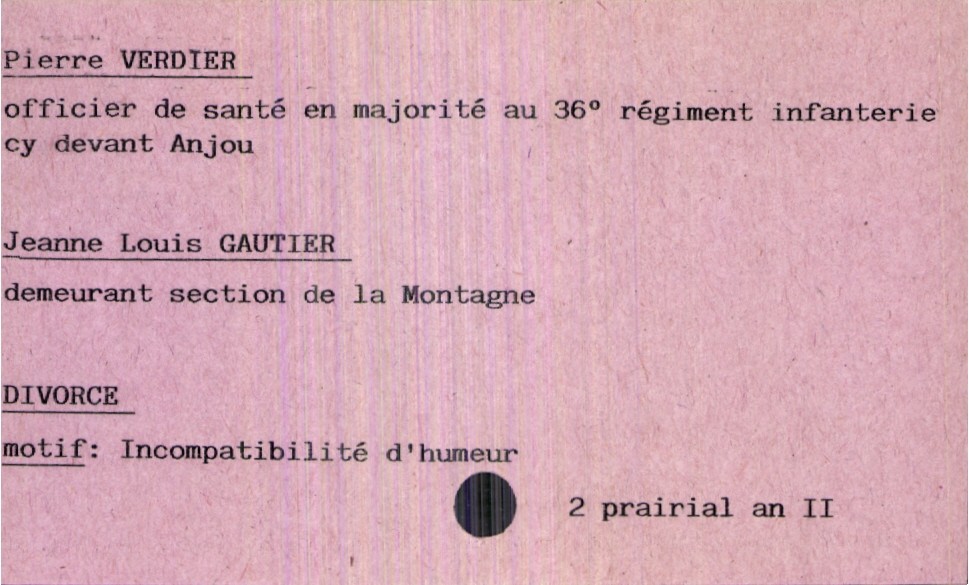
type_acte: Mariage
année: an II
mois: prairial
jour: 2
observations: Divorce motif : incompatibilité d'humeur
marié_nom: Verdier
marié_prénom: Pierre
marié_profession: officier de santé en majorité au 36° régiment infanterie cy devant Anjou
mariée_nom: Gautier
mariée_prénom: Jeanne Louis
mariée_lieu_de_vie: section de la Montagne